Insane asylums Bombay 1873-77 - 1873-1877
Year: 1873
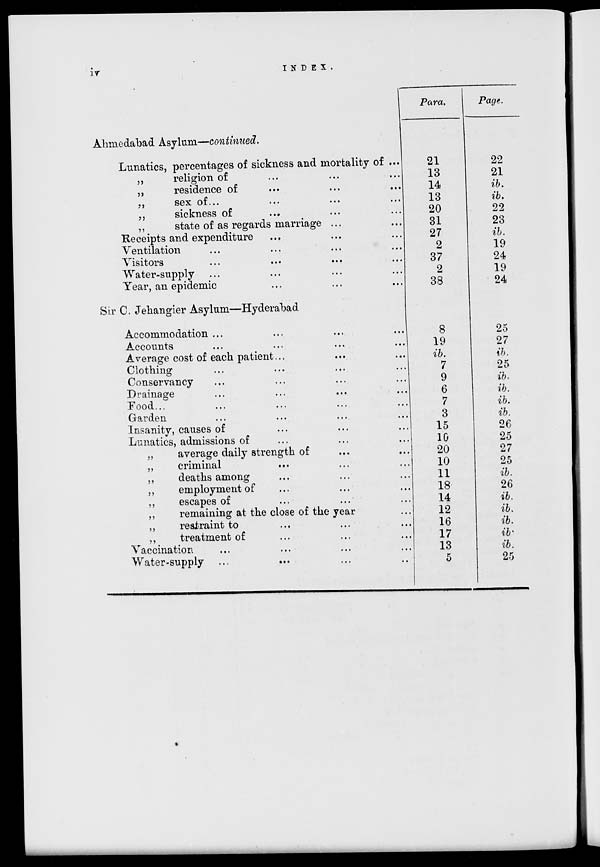
iv
INDEX.
Ahmedabad Asylum—continued.
Lunatics, percentages of sickness and mortality of ...
„
religion of ... ... ...
„
residence of ... ... ...
„
sex
of
...
...
...
...
„
sickness of ... ... ...
„
state of as regards marriage ... ...
Receipts and expenditure ... ... ...
Ventilation ... ... ... ...
Visitors ... ... ... ...
Water-supply ... ... ... ...
Year, an epidemic ... ... ...
Sir C. Jehangier Asylum—Hyderabad
Accommodation
...
...
...
...
Accounts ... ... ... ...
Average cost of each patient ... ... ...
Clothing ... ... ... ...
Conservancy ... ... ... ...
Drainage ... ... ... ...
Food ... ... ... ... ...
Garden ... ... ... ...
Insanity, causes of ... ... ...
Lunatics, admissions of ... ... ...
„
average daily strength of ... ...
„
criminal ... ... ...
„
deaths among ... ... ...
„
employment of ... ... ...
„
escapes of ... ... ...
„
remaining at the close of the year ...
„
restraint to ... ... ...
„
treatment of ... ... ...
Vaccination ... ... ... ...
Water-supply ... ... ... ...
Para.
21
13
14
13
20
31
27
2
37
2
38
8
19
ib.
7
9
6
7
3
15
10
20
10
11
18
14
12
16
17
13
5
Page.
22
21
ib.
ib.
22
23
ib.
19
24
19
24
25
27
ib.
25
ib.
ib.
ib.
ib.
26
25
27
25
ib.
26
ib.
ib.
ib.
ib.
ib.
25